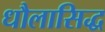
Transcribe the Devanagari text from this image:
धौलासिद्ध